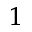
^ { \, 1 }